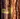
أنه